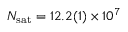
\ensuremath { N _ { \mathrm { s a t } } } = 1 2 . 2 ( 1 ) \times 1 0 ^ { 7 }